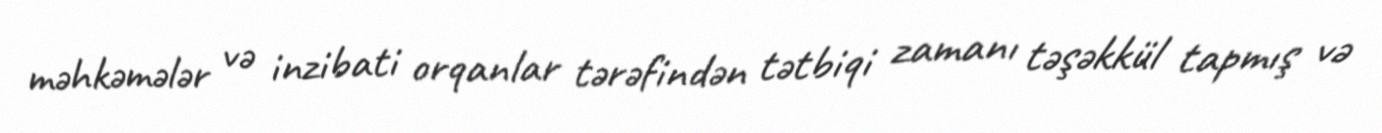
məhkəmələr və inzibati orqanlar tərəfindən tətbiqi zamanı təşəkkül tapmış və